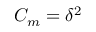
C _ { m } = \delta ^ { 2 }